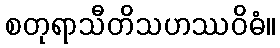
စတုရာသီတိသဟဿဝိဓံ။